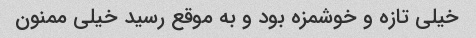
خیلی تازه و خوشمزه بود و به موقع رسید خیلی ممنون